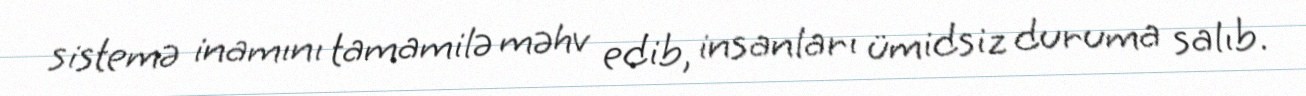
sistemə inamını tamamilə məhv edib, insanları ümidsiz duruma salıb.